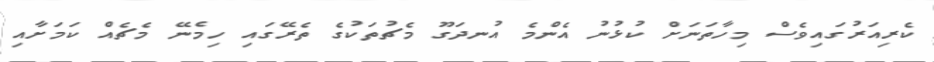
ކެރިއަރުގައިވެސް މިހާތަނަށް ކުޅުނު އެންމެ އުނދަގޫ މެޗުތަކުގެ ތެރޭގައި ހިމެނޭ މެޗެއް ކަމަށާއި